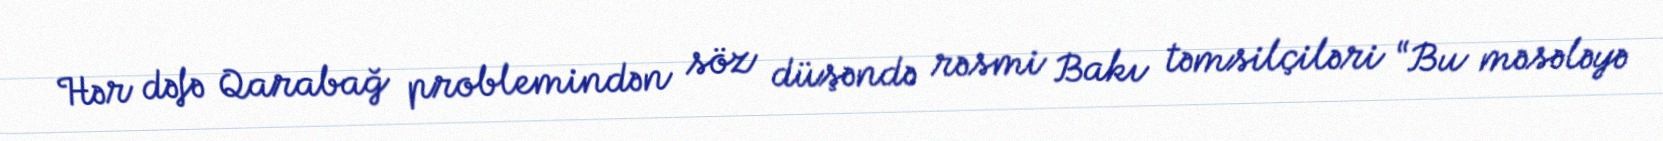
Hər dəfə Qarabağ problemindən söz düşəndə rəsmi Bakı təmsilçiləri “Bu məsələyə